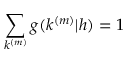
\sum _ { k ^ { ( m ) } } g ( k ^ { ( m ) } | h ) = 1